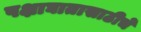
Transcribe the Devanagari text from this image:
पक्षाघातासाठीचे